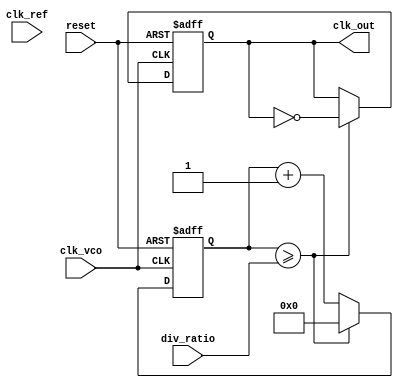
module cp_pll (
    input wire clk_ref,        // Reference clock input
    input wire clk_vco,        // VCO output clock
    input wire reset,          // Asynchronous reset
    input wire [3:0] div_ratio, // Division ratio for feedback
    output reg clk_out         // Output clock after division
);

// Phase Detector signals
reg up;                  // UP signal
reg down;                // DOWN signal
reg [7:0] phase_error;  // Phase error counter

// Charge Pump signals
reg [7:0] charge_pump_output; // Charge pump output voltage
reg [7:0] control_voltage;     // Control voltage to VCO

// VCO signals
reg vco_enable;          // VCO enable signal
reg [7:0] vco_frequency; // VCO frequency setting

// Feedback Divider signals
reg [3:0] feedback_counter; // Feedback counter
reg feedback_signal;        // Feedback signal

// Phase Detector
always @(posedge clk_ref or posedge reset) begin
    if (reset) begin
        up <= 0;
        down <= 0;
        phase_error <= 0;
    end else begin
        // Simple phase error detection (dummy example)
        if (clk_vco) begin
            phase_error <= phase_error + 1; // Increment phase error
            if (phase_error > 8'd128) begin
                up <= 1;   // VCO is behind Ref
                down <= 0;
            end else if (phase_error < 8'd128) begin
                up <= 0;   // VCO is ahead of Ref
                down <= 1;
            end else begin
                up <= 0;
                down <= 0;
            end
        end
    end
end

// Charge Pump
always @(posedge clk_ref or posedge reset) begin
    if (reset) begin
        charge_pump_output <= 0;
    end else begin
        if (up) begin
            charge_pump_output <= charge_pump_output + 1; // Increment voltage
        end else if (down) begin
            charge_pump_output <= charge_pump_output - 1; // Decrement voltage
        end
    end
end

// Loop Filter (simple example, may need to be replaced with a proper filter)
always @(posedge clk_ref or posedge reset) begin
    if (reset) begin
        control_voltage <= 0;
    end else begin
        control_voltage <= charge_pump_output; // Directly use charge pump output
    end
end

// Voltage-Controlled Oscillator (VCO)
always @(posedge clk_ref or posedge reset) begin
    if (reset) begin
        vco_frequency <= 0;
        vco_enable <= 0;
    end else begin
        // Simple model of VCO frequency adjustment
        vco_frequency <= control_voltage; // Set frequency based on control voltage
        vco_enable <= 1; // Enable VCO
    end
end

// Feedback Divider
always @(posedge clk_vco or posedge reset) begin
    if (reset) begin
        feedback_counter <= 0;
        clk_out <= 0;
    end else begin
        // Count up to the division ratio
        if (feedback_counter >= div_ratio) begin
            clk_out <= ~clk_out; // Toggle output clock
            feedback_counter <= 0; // Reset counter
        end else begin
            feedback_counter <= feedback_counter + 1; // Increment counter
        end
    end
end

endmodule